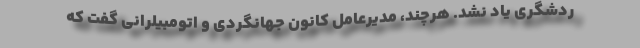
ردشگری یاد نشد. هرچند، مدیرعامل کانون جهانگردی و اتومبیلرانی گفت که